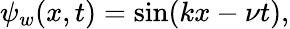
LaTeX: \psi_{w}(x,t)=\sin(kx-\nu t),